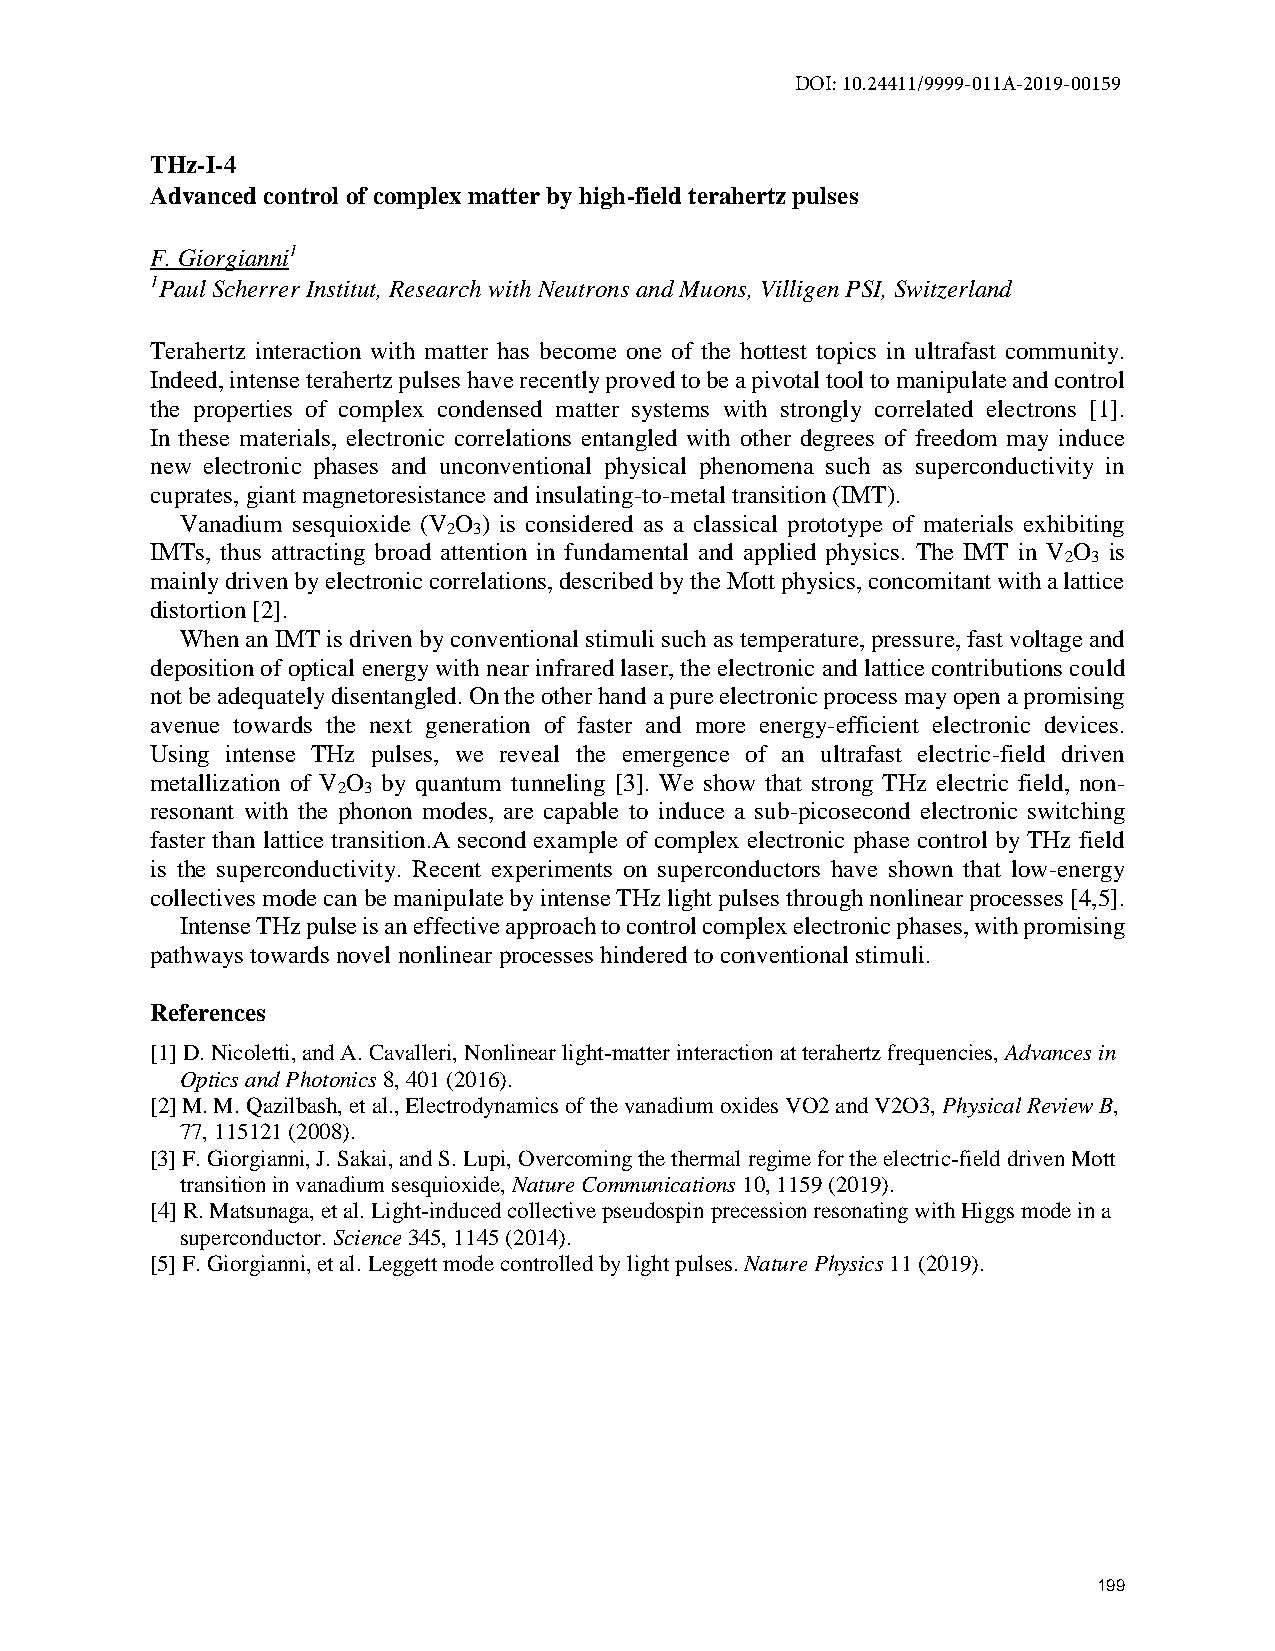
DOI: 10.24411/9999-011A-2019-00159
 THz-I-4
 Advanced control of complex matter by high-field terahertz pulses
 F. Giorgianni1
 1Paul Scherrer Institut, Research with Neutrons and Muons, Villigen PSI, Switzerland
 Terahertz interaction with matter has become one of the hottest topics in ultrafast community.
 Indeed, intense terahertz pulses have recently proved to be a pivotal tool to manipulate and control
 the properties of complex condensed matter systems with strongly correlated electrons [1].
 In these materials, electronic correlations entangled with other degrees of freedom may induce
 new electronic phases and unconventional physical phenomena such as superconductivity in
 cuprates, giant magnetoresistance and insulating-to-metal transition (IMT).
 Vanadium sesquioxide (V O ) is considered as a classical prototype of materials exhibiting
 2 3
 IMTs, thus attracting broad attention in fundamental and applied physics. The IMT in V O is
 2 3
 mainly driven by electronic correlations, described by the Mott physics, concomitant with a lattice
 distortion [2].
 When an IMT is driven by conventional stimuli such as temperature, pressure, fast voltage and
 deposition of optical energy with near infrared laser, the electronic and lattice contributions could
 not be adequately disentangled. On the other hand a pure electronic process may open a promising
 avenue towards the next generation of faster and more energy-efficient electronic devices.
 Using intense THz pulses, we reveal the emergence of an ultrafast electric-field driven
 metallization of V O by quantum tunneling [3]. We show that strong THz electric field, non-
 2 3
 resonant with the phonon modes, are capable to induce a sub-picosecond electronic switching
 faster than lattice transition.A second example of complex electronic phase control by THz field
 is the superconductivity. Recent experiments on superconductors have shown that low-energy
 collectives mode can be manipulate by intense THz light pulses through nonlinear processes [4,5].
 Intense THz pulse is an effective approach to control complex electronic phases, with promising
 pathways towards novel nonlinear processes hindered to conventional stimuli.
 References
 [1] D. Nicoletti, and A. Cavalleri, Nonlinear light-matter interaction at terahertz frequencies, Advances in
 Optics and Photonics 8, 401 (2016).
 [2] M. M. Qazilbash, et al., Electrodynamics of the vanadium oxides VO2 and V2O3, Physical Review B,
 77, 115121 (2008).
 [3] F. Giorgianni, J. Sakai, and S. Lupi, Overcoming the thermal regime for the electric-field driven Mott
 transition in vanadium sesquioxide, Nature Communications 10, 1159 (2019).
 [4] R. Matsunaga, et al. Light-induced collective pseudospin precession resonating with Higgs mode in a
 superconductor. Science 345, 1145 (2014).
 [5] F. Giorgianni, et al. Leggett mode controlled by light pulses. Nature Physics 11 (2019).
 199